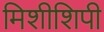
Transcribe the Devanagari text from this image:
मिशीशिपी